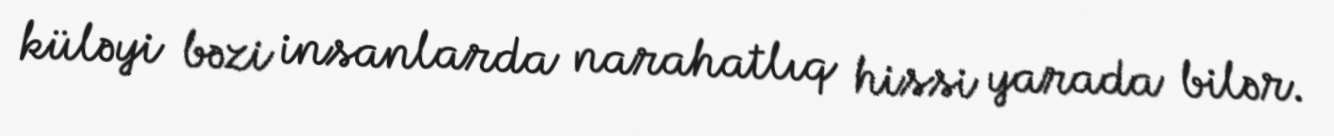
küləyi bəzi insanlarda narahatlıq hissi yarada bilər.